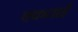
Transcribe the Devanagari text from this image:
एकताई